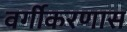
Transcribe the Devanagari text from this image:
वर्गीकरणास